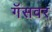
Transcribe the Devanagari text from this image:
गॅसवर